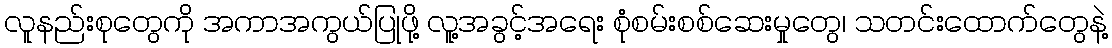
လူနည်းစုတွေကို အကာအကွယ်ပြုဖို့ လူ့အခွင့်အရေး စုံစမ်းစစ်ဆေးမှုတွေ၊ သတင်းထောက်တွေနဲ့